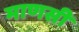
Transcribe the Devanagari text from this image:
माणसी